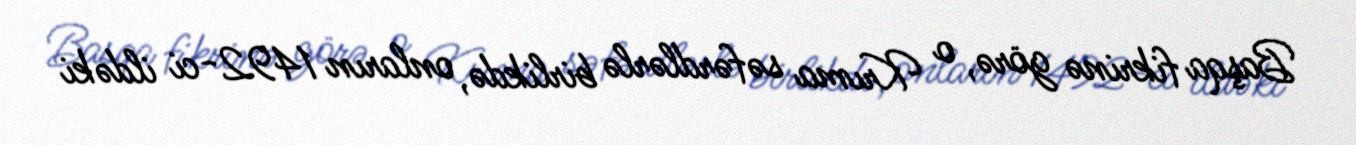
Başqa fikrinə görə, o Krıma səfərdlərlə birlikdə, onların 1492-ci ildəki